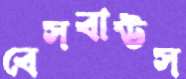
বেসবাউস